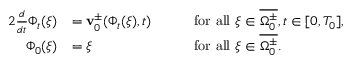
\begin{array} { r l r l } { { 2 } \frac { d } { d t } \Phi _ { t } ( \xi ) } & { = \mathbf { v } _ { 0 } ^ { \pm } ( \Phi _ { t } ( \xi ) , t ) } & { \quad } & { \mathrm { f o r ~ a l l ~ } \xi \in \overline { { \Omega _ { 0 } ^ { \pm } } } , t \in [ 0 , T _ { 0 } ] , } \\ { \Phi _ { 0 } ( \xi ) } & { = \xi } & { \quad } & { \mathrm { f o r ~ a l l ~ } \xi \in \overline { { \Omega _ { 0 } ^ { \pm } } } . } \end{array}